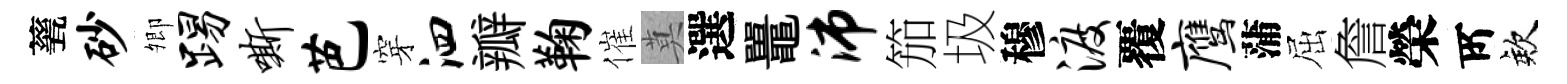
甆砂𡖖踢嘶芭穿泗瓣鞠催莫選鼉沛笳圾穆渡覆鹰蒲屈詹榮𠩄欸